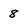
Character: 8